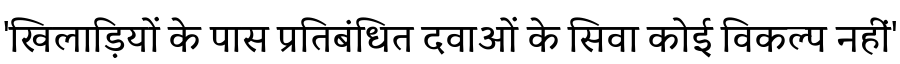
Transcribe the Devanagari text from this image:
'खिलाड़ियों के पास प्रतिबंधित दवाओं के सिवा कोई विकल्प नहीं'